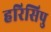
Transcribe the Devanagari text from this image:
हरिसिपु